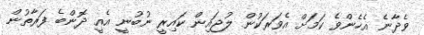
ވެދާނެ އެހެންވެ ކަމަށް އެވަރަކުން ލުޖައިން ކައިރީ ނުބުނީ އެއީ ދޮންބެ ފަރާތުން